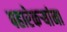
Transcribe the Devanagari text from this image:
पहारेकऱ्यांना